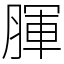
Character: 腪